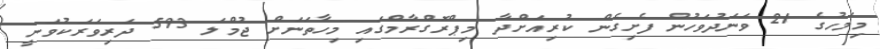
މިމަހުގެ 21 ވަނަދުވަހުން ފެށިގެން ކުރިއަށްދާ މިޕްރޮގްރާމްގައި މިހާތަނަށް ޖުމްލަ 593 ދަރިވަރަކުވަނީ